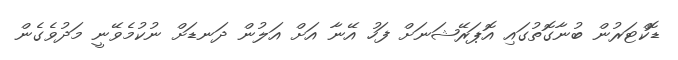
ޑޮކްޓަރުން ބުނާގޮތުގައި އޮޕަރޭޝަނަށް ފަހު އޭނާ އަށް އަލުން ދަނޑަށް ނުކުމެވޭނީ މަދުވެގެން